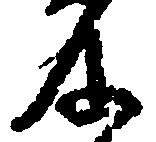
及